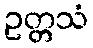
ဥတ္တသံ